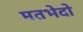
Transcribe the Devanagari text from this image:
मतभेदो